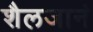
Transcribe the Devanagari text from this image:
शैलजानं